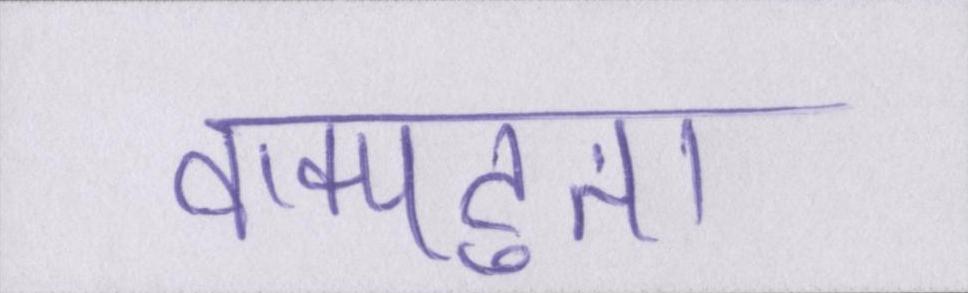
वाक्पटुता